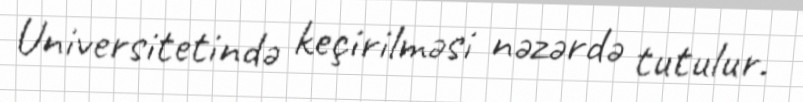
Universitetində keçirilməsi nəzərdə tutulur.